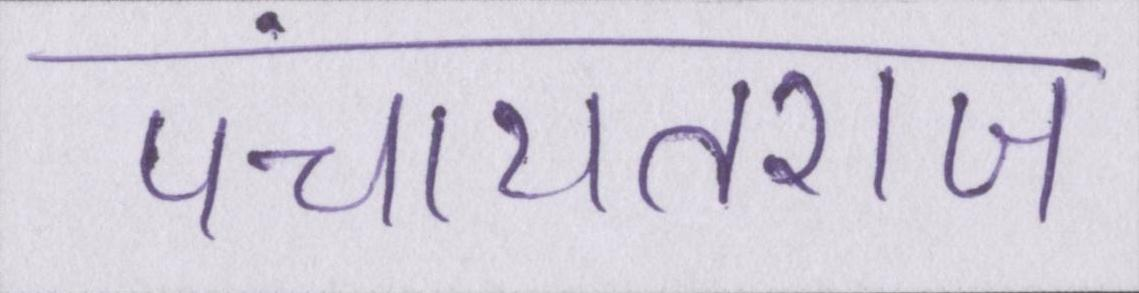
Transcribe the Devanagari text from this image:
पंचायतराज